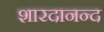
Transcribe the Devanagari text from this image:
शारदानन्द